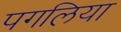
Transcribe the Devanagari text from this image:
पगलिया